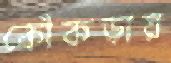
কোঁকড়ায়